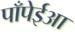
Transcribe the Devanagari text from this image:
पाँपेईआ